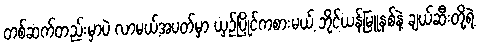
တစ်ဆက်တည်းမှာပဲ လာမယ့်အပတ်မှာ ယှဉ်ပြိုင်ကစားမယ့် ဘိုင်ယန်မြူနစ်နဲ့ ချယ်ဆီးတို့ရဲ့